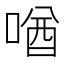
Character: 𪡧